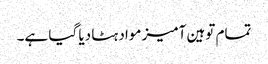
تمام توہین آمیز مواد ہٹا دیا گیا ہے۔